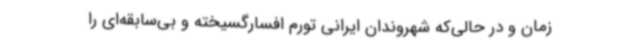
زمان و در حالی‌که شهروندان ایرانی تورم افسارگسیخته و بی‌سابقه‌ای را